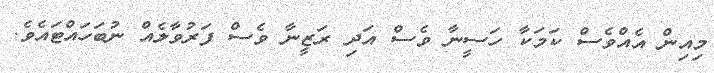
މިއިން އެއްވެސް ކަމަކާ ހަސީނާ ވެސް އަދި ރަޒީނާ ވެސް ފަރުވާލެއް ނުބަހައްޓައެވެ.